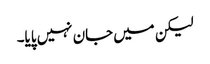
لیکن میں جان نہیں پایا۔